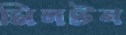
মিলটন